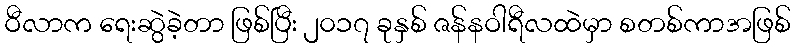
ဝီလာက ရေးဆွဲခဲ့တာ ဖြစ်ပြီး ၂၀၁၇ ခုနှစ် ဇန်နဝါရီလထဲမှာ စတစ်ကာအဖြစ်